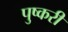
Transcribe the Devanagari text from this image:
पुष्करी